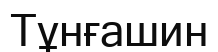
Тұнғашин